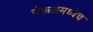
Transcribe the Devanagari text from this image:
नेरूळमध्येच